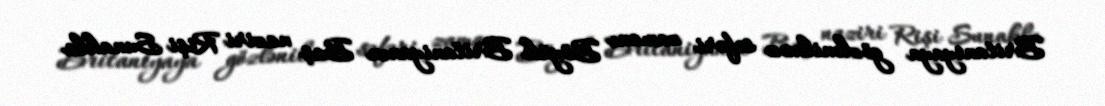
Britaniyaya gözlənilməz səfəri zamanı Böyük Britaniyanın Baş naziri Rişi Sunakla